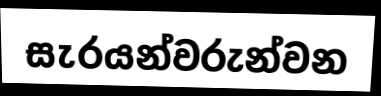
සැරයන්වරුන්වන